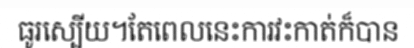
ធូរស្បើយ។តែពេលនេះការវះកាត់ក៏បាន